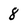
Character: 8